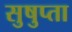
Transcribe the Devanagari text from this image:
सुषुप्ता